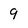
Character: 9